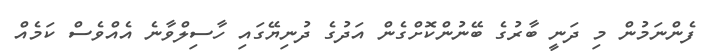
ފެންނަމުން މި ދަނީ ބާރުގެ ބޭނުންކޮށްގެން އަދުގެ ދުނިޔޭގައި ހާސިލްވާނެ އެއްވެސް ކަމެއް